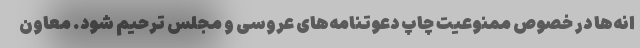
انه‌ها در خصوص ممنوعیت چاپ دعوتنامه‌های عروسی و مجلس ترحیم شود. معاون